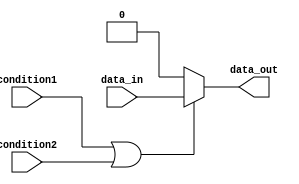
module if_else_statement (
    input wire condition1,
    input wire condition2,
    input wire data_in,
    output reg data_out
);

always @ (*) begin
    if (condition1 || condition2) begin
        // Execute this block if condition1 OR condition2 is true
        data_out = data_in;
    end else begin
        // Execute this block if neither condition1 nor condition2 is true
        data_out = 0;
    end
end

endmodule